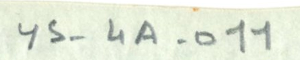
YS-4A-011